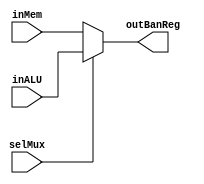
`timescale 1ns /1ps
module MuxMEm_ALU(
	input [31:0] inMem,inALU,
	input selMux,
	output reg [31:0] outBanReg
);
always@(*)
begin
	if(selMux==0) outBanReg=inMem;//Elegir guardar valor en memoria
	else outBanReg=inALU;//Elegir guardar valor en  ALU
end
endmodule